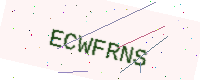
Text: ECWFRNS